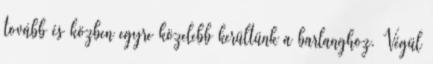
tovább és közben egyre közelebb kerültünk a barlanghoz. Végül